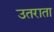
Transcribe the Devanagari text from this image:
उतराता